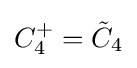
C_{4}^{+}={\tilde {C}}_{4}